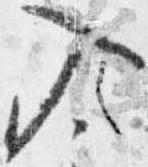
入